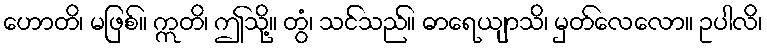
ဟောတိ၊ မဖြစ်။ ဣတိ၊ ဤသို့။ တွံ၊ သင်သည်။ ဓာရေယျာသိ၊ မှတ်လေလော။ ဥပါလိ၊